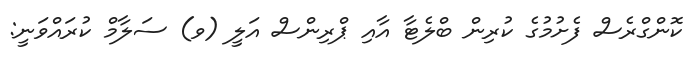
ކޮންގްރެސް ފެށުމުގެ ކުރިން ބްލެޓާ އާއި ޕްރިންސް އަލީ (ވ) ސަލާމް ކުރައްވަނީ: